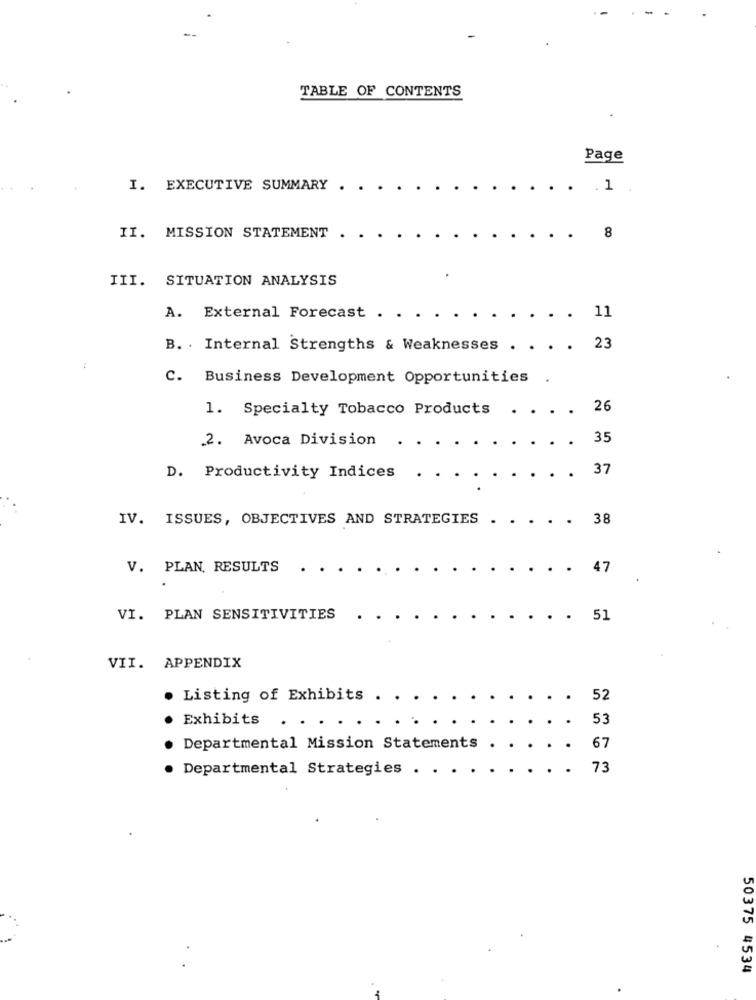
TABLE OF CONTENTS
Page
I. EXECUTIVE SUMMARY
.1
II. MISSION STATEMENT
8
III. SITUATION ANALYSIS
11
A. External Forecast .
B. . Internal Strengths & Weaknesses . . . . 23
:
C. Business Development Opportunities
1. Specialty Tobacco Products
26
2. Avoca Division
. 35
37
D. Productivity Indices
IV. ISSUES, OBJECTIVES AND STRATEGIES
38
V. PLAN. RESULTS
47
VI. PLAN SENSITIVITIES
. 51
VII. APPENDIX
. Listing of Exhibits
52
.
53
Exhibits . . .
Departmental Mission Statements .
.
67
Departmental Strategies . .
. 73
50375 4534